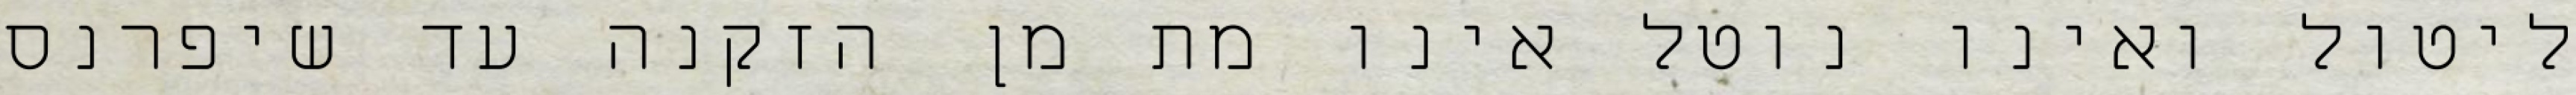
ליטול ואינו נוטל אינו מת מן הזקנה עד שיפרנס